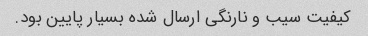
کیفیت سیب و نارنگی ارسال شده بسیار پایین بود.